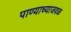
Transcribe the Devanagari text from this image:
पाण्याच्याजवळ